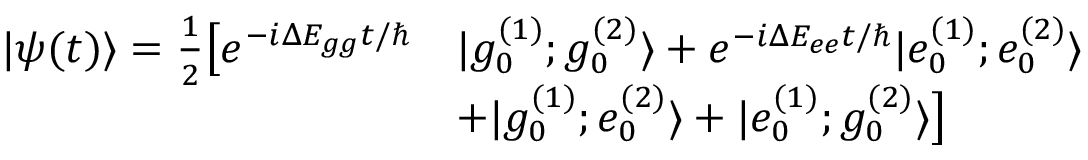
\begin{array} { r l } { | \psi ( t ) \rangle = \frac { 1 } { 2 } \big [ e ^ { - i \Delta E _ { g g } t / \hbar } } & { | g _ { 0 } ^ { ( 1 ) } ; g _ { 0 } ^ { ( 2 ) } \rangle + e ^ { - i \Delta E _ { e e } t / \hbar } | e _ { 0 } ^ { ( 1 ) } ; e _ { 0 } ^ { ( 2 ) } \rangle } \\ & { + | g _ { 0 } ^ { ( 1 ) } ; e _ { 0 } ^ { ( 2 ) } \rangle + | e _ { 0 } ^ { ( 1 ) } ; g _ { 0 } ^ { ( 2 ) } \rangle \big ] } \end{array}